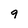
Character: 9